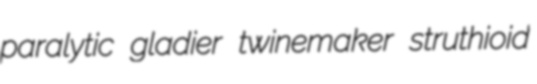
paralytic gladier twinemaker struthioid